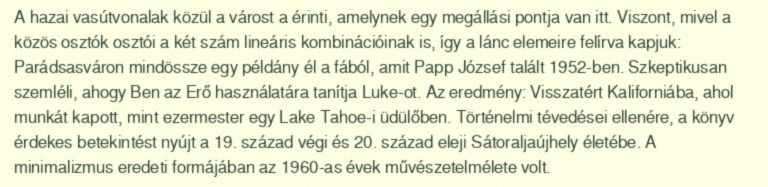
A hazai vasútvonalak közül a várost a érinti, amelynek egy megállási pontja van itt. Viszont, mivel a közös osztók osztói a két szám lineáris kombinációinak is, így a lánc elemeire felírva kapjuk: Parádsasváron mindössze egy példány él a fából, amit Papp József talált 1952-ben. Szkeptikusan szemléli, ahogy Ben az Erő használatára tanítja Luke-ot. Az eredmény: Visszatért Kaliforniába, ahol munkát kapott, mint ezermester egy Lake Tahoe-i üdülőben. Történelmi tévedései ellenére, a könyv érdekes betekintést nyújt a 19. század végi és 20. század eleji Sátoraljaújhely életébe. A minimalizmus eredeti formájában az 1960-as évek művészetelmélete volt.